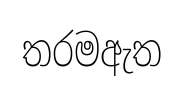
තරමඇත